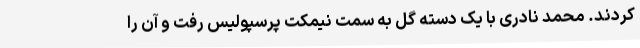
کردند. محمد نادری با یک دسته گل به سمت نیمکت پرسپولیس رفت و آن را